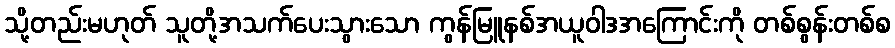
သို့တည်းမဟုတ် သူတို့အသက်ပေးသွားသော ကွန်မြူနစ်အယူဝါဒအကြောင်းကို တစ်စွန်းတစ်စ